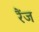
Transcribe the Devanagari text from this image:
रैंज